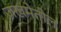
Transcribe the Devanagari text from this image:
जखमेतील